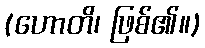
(ဟောတိ၊ ဖြစ်၏။)